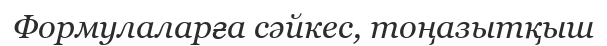
Формулаларға сәйкес, тоңазытқыш